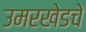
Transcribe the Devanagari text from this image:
उमरखेडचे